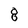
Character: 8